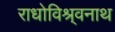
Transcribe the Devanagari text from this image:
राधोविश्र्वनाथ